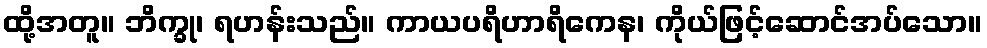
ထို့အတူ။ ဘိက္ခု၊ ရဟန်းသည်။ ကာယပရိဟာရိကေန၊ ကိုယ်ဖြင့်ဆောင်အပ်သော။